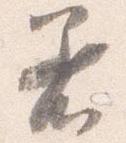
着